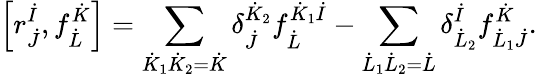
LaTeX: \left[r_{\dot{J}}^{\dot{I}},f_{\dot{L}}^{\dot{K}}\right]=\sum_{\dot{K}_{1}\dot{K}_{2}=\dot{K}}\delta_{\dot{J}}^{\dot{K}_{2}}f_{\dot{L}}^{\dot{K}_{1}\dot{I}}-\sum_{\dot{L}_{1}\dot{L}_{2}=\dot{L}}\delta_{\dot{L}_{2}}^{\dot{I}}f_{\dot{L}_{1}\dot{J}}^{\dot{K}}.